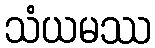
သံယမဿ